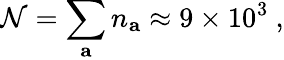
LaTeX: \mathcal{N}=\sum_{\mathbf{{a}}}n_{\mathbf{{a}}}\approx9\times10^{3}~,